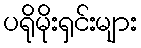
ပရိုမိုးရှင်းများ